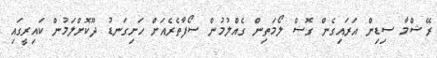
ރޭޝްމާ ސިޑިން އަރައިގެން ގޮސް ލޯމަތިން ގެއްލުމުން ސޯފާތެރެއަށް ހަށިގަނޑު ދޫކޮށްލަމުން ކައިރީގައި